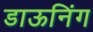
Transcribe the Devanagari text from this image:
डाऊनिंग